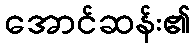
အောင်ဆန်း၏